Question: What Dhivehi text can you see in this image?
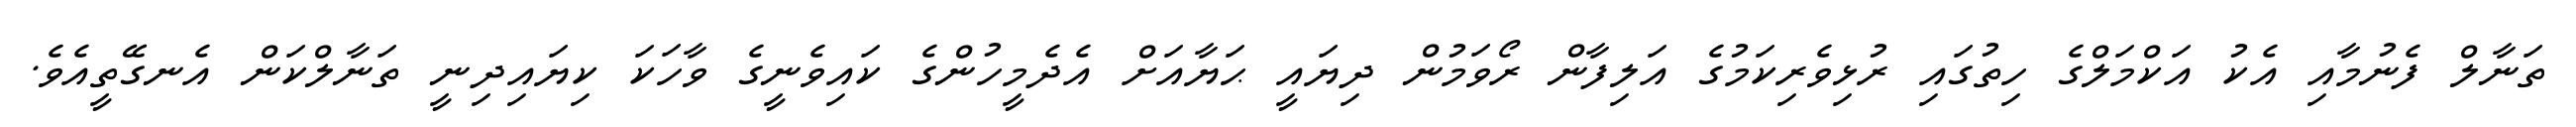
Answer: ތަނާލް ފެނުމާއި އެކު އަކްމަލްގެ ހިތުގައި ރުޅިވެރިކަމުގެ އަލިފާން ރޯވަމުން ދިޔައީ ޙަޔާއަށް އެދެމީހުންގެ ކައިވެނީގެ ވާހަކަ ކިޔައިދިނީ ތަނާލްކަން އެނގޭތީއެވެ.